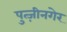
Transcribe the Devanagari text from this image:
पुत्ज़ीनगेर